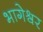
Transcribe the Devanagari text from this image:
भागेश्र्वर